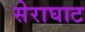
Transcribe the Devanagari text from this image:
सेराघाट